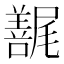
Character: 𰎇